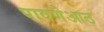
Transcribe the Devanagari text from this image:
पावणेआठ